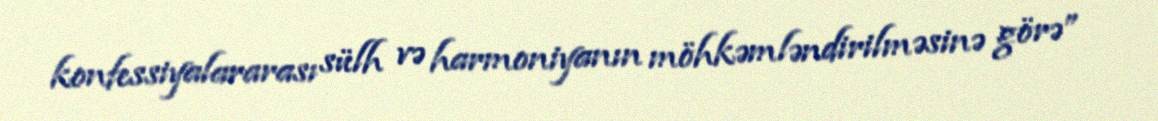
konfessiyalararası sülh və harmoniyanın möhkəmləndirilməsinə görə”